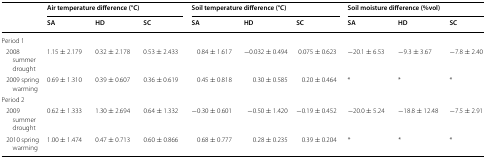
<table><thead><tr><td rowspan="2"></td><td colspan="3"><b>Air temperature difference (°C)</b></td><td colspan="3"><b>Soil temperature difference (°C)</b></td><td colspan="3"><b>Soil moisture difference (%vol)</b></td></tr><tr><td><b>SA</b></td><td><b>HD</b></td><td><b>SC</b></td><td><b>SA</b></td><td><b>HD</b></td><td><b>SC</b></td><td><b>SA</b></td><td><b>HD</b></td><td><b>SC</b></td></tr></thead><tbody><tr><td colspan="10">Period 1</td></tr><tr><td> 2008 summer drought</td><td>1.15 ± 2.179</td><td>0.32 ± 2.178</td><td>0.53 ± 2.433</td><td>0.84 ± 1.617</td><td>−0.032 ± 0.494</td><td>0.075 ± 0.623</td><td>−20.1 ± 6.53</td><td>−9.3 ± 3.67</td><td>−7.8 ± 2.40</td></tr><tr><td> 2009 spring warming</td><td>0.69 ± 1.310</td><td>0.39 ± 0.607</td><td>0.36 ± 0.619</td><td>0.45 ± 0.818</td><td>0.30 ± 0.585</td><td>0.20 ± 0.464</td><td>*</td><td>*</td><td>*</td></tr><tr><td colspan="10">Period 2</td></tr><tr><td> 2009 summer drought</td><td>0.62 ± 1.333</td><td>1.30 ± 2.694</td><td>0.64 ± 1.332</td><td>−0.30 ± 0.601</td><td>−0.50 ± 1.420</td><td>−0.19 ± 0.452</td><td>−20.0 ± 5.24</td><td>−18.8 ± 12.48</td><td>−7.5 ± 2.91</td></tr><tr><td> 2010 spring warming</td><td>1.00 ± 1.474</td><td>0.47 ± 0.713</td><td>0.60 ± 0.866</td><td>0.68 ± 0.777</td><td>0.28 ± 0.235</td><td>0.39 ± 0.204</td><td>*</td><td>*</td><td>*</td></tr></tbody></table>